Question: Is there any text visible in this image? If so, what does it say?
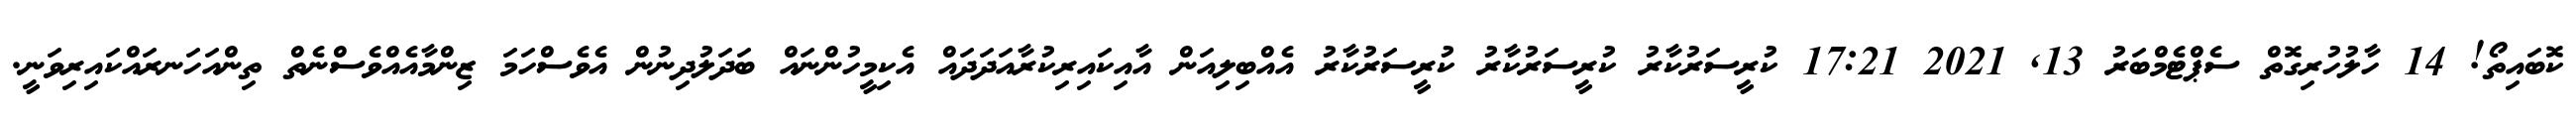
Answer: ކޮބައިތޯ! 14 ހާލުހުރިގޮތް ސެޕްޓެމްބަރު 13, 2021 17:21 ކުރީސަރުކާރު ކުރީސަރުކާރު ކުރީސަރުކާރު އެއްބިލިއަން އާއިކައިރިކުރާއަދަދައް އެކިމީހުންނައް ބަދަލުދިނުން އެވެސްހަމަ ޒިންމާއެއްވެސްނެތް ތިންއަހަނރައްކައިރިވަނީ.